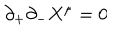
\partial _ { + } \partial _ { - } X ^ { \mu } = 0